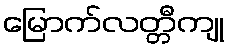
မြောက်လတ္တီကျု